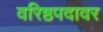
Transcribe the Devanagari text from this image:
वरिष्ठपदावर